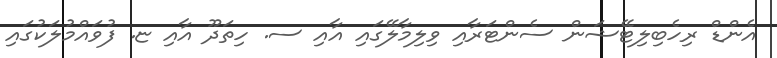
އެންޑް ރިހެބިލިޓޭޝަން ސެންޓަރާއި ވިލިމާލޭގައި އާއި ސ. ހިތަދޫ އާއި ޏ. ފުވައްމުލަކުގައި